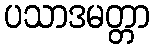
ပသာဒမတ္တာ